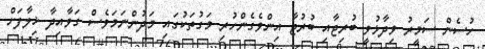
ހުސެން ސަމީރު ވިދާޅުވީ ބުރިޖާއި ބުރުޖާ އިންވެގެންހުރި މަގުތަކުގައި މަދުންނަމަވެސް ގަވާއިދާ ޚިލާފަށް